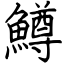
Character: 鱒